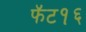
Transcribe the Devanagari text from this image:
फॅट१६